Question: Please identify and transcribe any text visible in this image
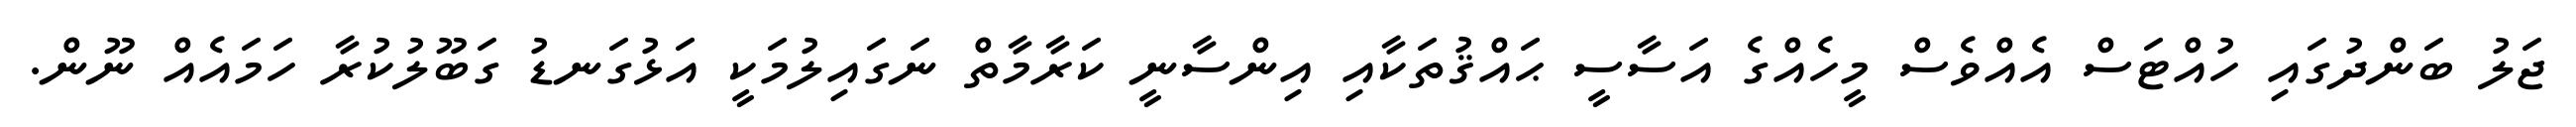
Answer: ޖަލު ބަންދުގައި ހުއްޓަސް އެއްވެސް މީހެއްގެ އަސާސީ ޙައްޤުތަކާއި އިންސާނީ ކަރާމާތް ނަގައިލުމަކީ އަޅުގަނޑު ގަބޫލުކުރާ ހަމައެއް ނޫން.